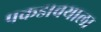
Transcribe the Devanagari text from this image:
पकडावयाला